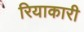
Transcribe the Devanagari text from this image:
रियाकारी